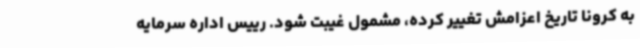
به کرونا تاریخ اعزامش تغییر کرده، مشمول غیبت شود. رییس اداره سرمایه